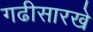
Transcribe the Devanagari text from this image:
गढीसारखे